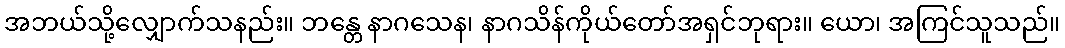
အဘယ်သို့လျှောက်သနည်း။ ဘန္တေ နာဂသေန၊ နာဂသိန်ကိုယ်တော်အရှင်ဘုရား။ ယော၊ အကြင်သူသည်။